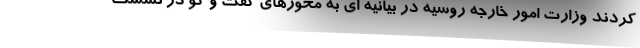
کردند وزارت امور خارجه روسیه در بیانیه ای به محورهای گفت و گو در نشست